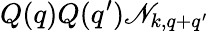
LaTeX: Q(q)Q(q^{\prime})\mathscr{N}_{k,q+q^{\prime}}